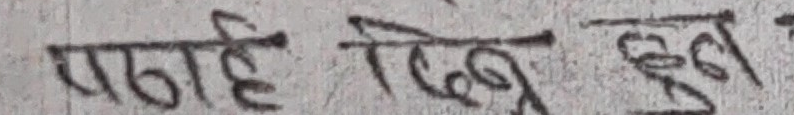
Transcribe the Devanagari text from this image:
पढि रिख्नु बुझ्न